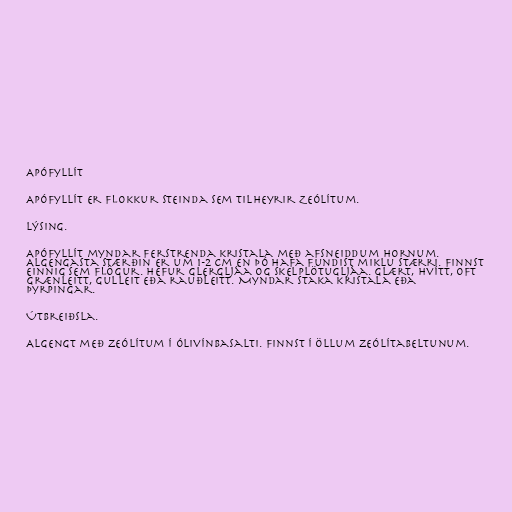
Apófyllít

Apófyllít er flokkur steinda sem tilheyrir Zeólítum.

Lýsing.

Apófyllít myndar ferstrenda kristala með afsneiddum hornum.
Algengasta stærðin er um 1-2 cm en þó hafa fundist miklu stærri. Finnst
einnig sem flögur. Hefur glergljáa og skelplötugljáa. Glært, hvítt, oft
grænleitt, gulleit eða rauðleitt. Myndar staka kristala eða
þyrpingar.

Útbreiðsla.

Algengt með zeólítum í ólivínbasalti. Finnst í öllum zeólítabeltunum.